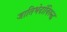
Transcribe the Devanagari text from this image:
जातिभेदांविरुद्ध